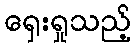
ရှေးရှုသည့်